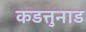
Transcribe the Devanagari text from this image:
कडत्तुनाड